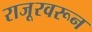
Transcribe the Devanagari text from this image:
राजूरवरून